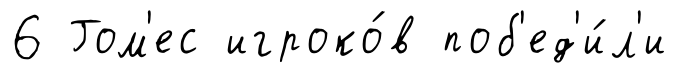
6 Гом'ес игроко́в поб'ед'и́л'и